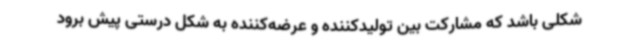
شکلی باشد که مشارکت بین تولیدکننده و عرضه‌کننده به شکل درستی پیش برود